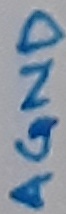
Text: AGND